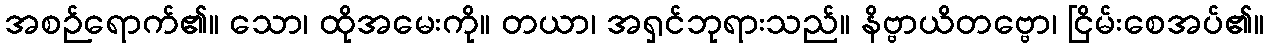
အစဉ်ရောက်၏။ သော၊ ထိုအမေးကို။ တယာ၊ အရှင်ဘုရားသည်။ နိဗ္ဗာယိတဗ္ဗော၊ ငြိမ်းစေအပ်၏။